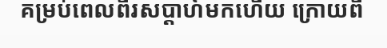
គម្រប់ពេលពីរសប្តាហ៍មកហើយ ក្រោយពី